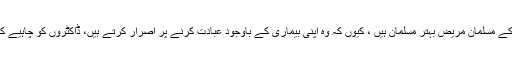
پروفیسر زمان شیخ کا کہنا تھا کہ زیابطیس کے مسلمان مریض بہتر مسلمان ہیں ، کیوں کہ وہ اپنی بیماری کے باوجود عبادت کرنے پر اصرار کرتے ہیں، ڈاکٹروں کو چاہیے کہ ایسے مریضوں کی درست رہنمائی کریں ۔